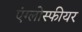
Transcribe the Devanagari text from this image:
एंग्लोस्फीयर